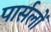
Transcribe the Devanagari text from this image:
पार्सलों